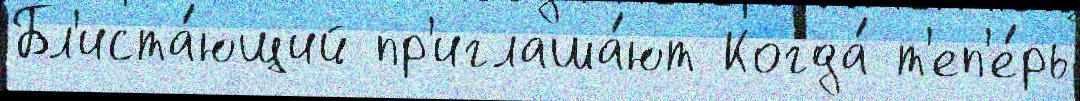
Бл'иста́ющий пр'иглаша́ют Когда́ т'еп'е́рь